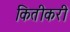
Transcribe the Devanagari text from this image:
कितीकरी